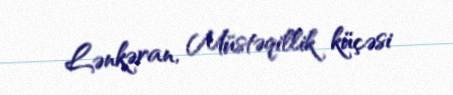
Lənkəran, Müstəqillik küçəsi